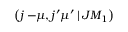
\left( j - \! \! \mu , j ^ { \prime } \mu ^ { \prime } \, | \, J M _ { 1 } \right)